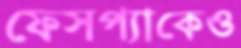
ফেসপ্যাকেও